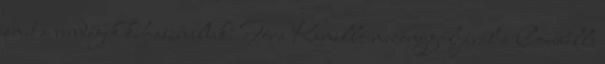
amit a vendégek kihasználtak: Fóra Kamilló mezőnygóljával a Cowbells